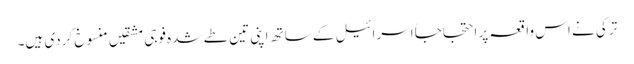
ترکی نے اس واقعہ پر احتجاجاً اسرائیل کے ساتھ اپنی تین طے شدہ فوجی مشقیں منسوخ کردی ہیں۔